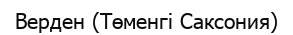
Верден (Төменгі Саксония)